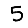
Digit: 5